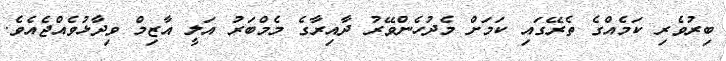
ބިރުވެރި ކަމެއްގެ ތެރޭގައި ކަމަށް މެދުހެންވޭރު ދާއިރާގެ މެމްބަރު އަލީ އާޒިމް ވިދާޅުވެއްޖެއެވެ.